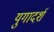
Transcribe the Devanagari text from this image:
युगादर्श